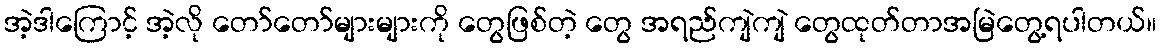
အဲ့ဒါကြောင့် အဲ့လို တော်တော်များများကို တွေဖြစ်တဲ့ တွေ အရည်ကျဲကျဲ တွေထုတ်တာအမြဲတွေ့ရပါတယ်။